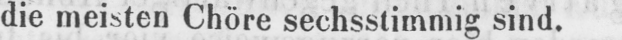
die meisten Chöre sechsstimmig sind.